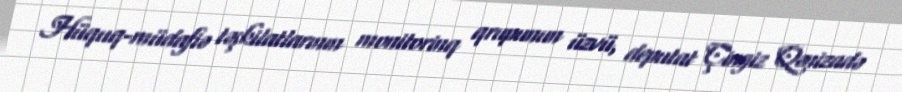
Hüquq-müdafiə təşkilatlarının monitorinq qrupunun üzvü, deputat Çingiz Qənizadə